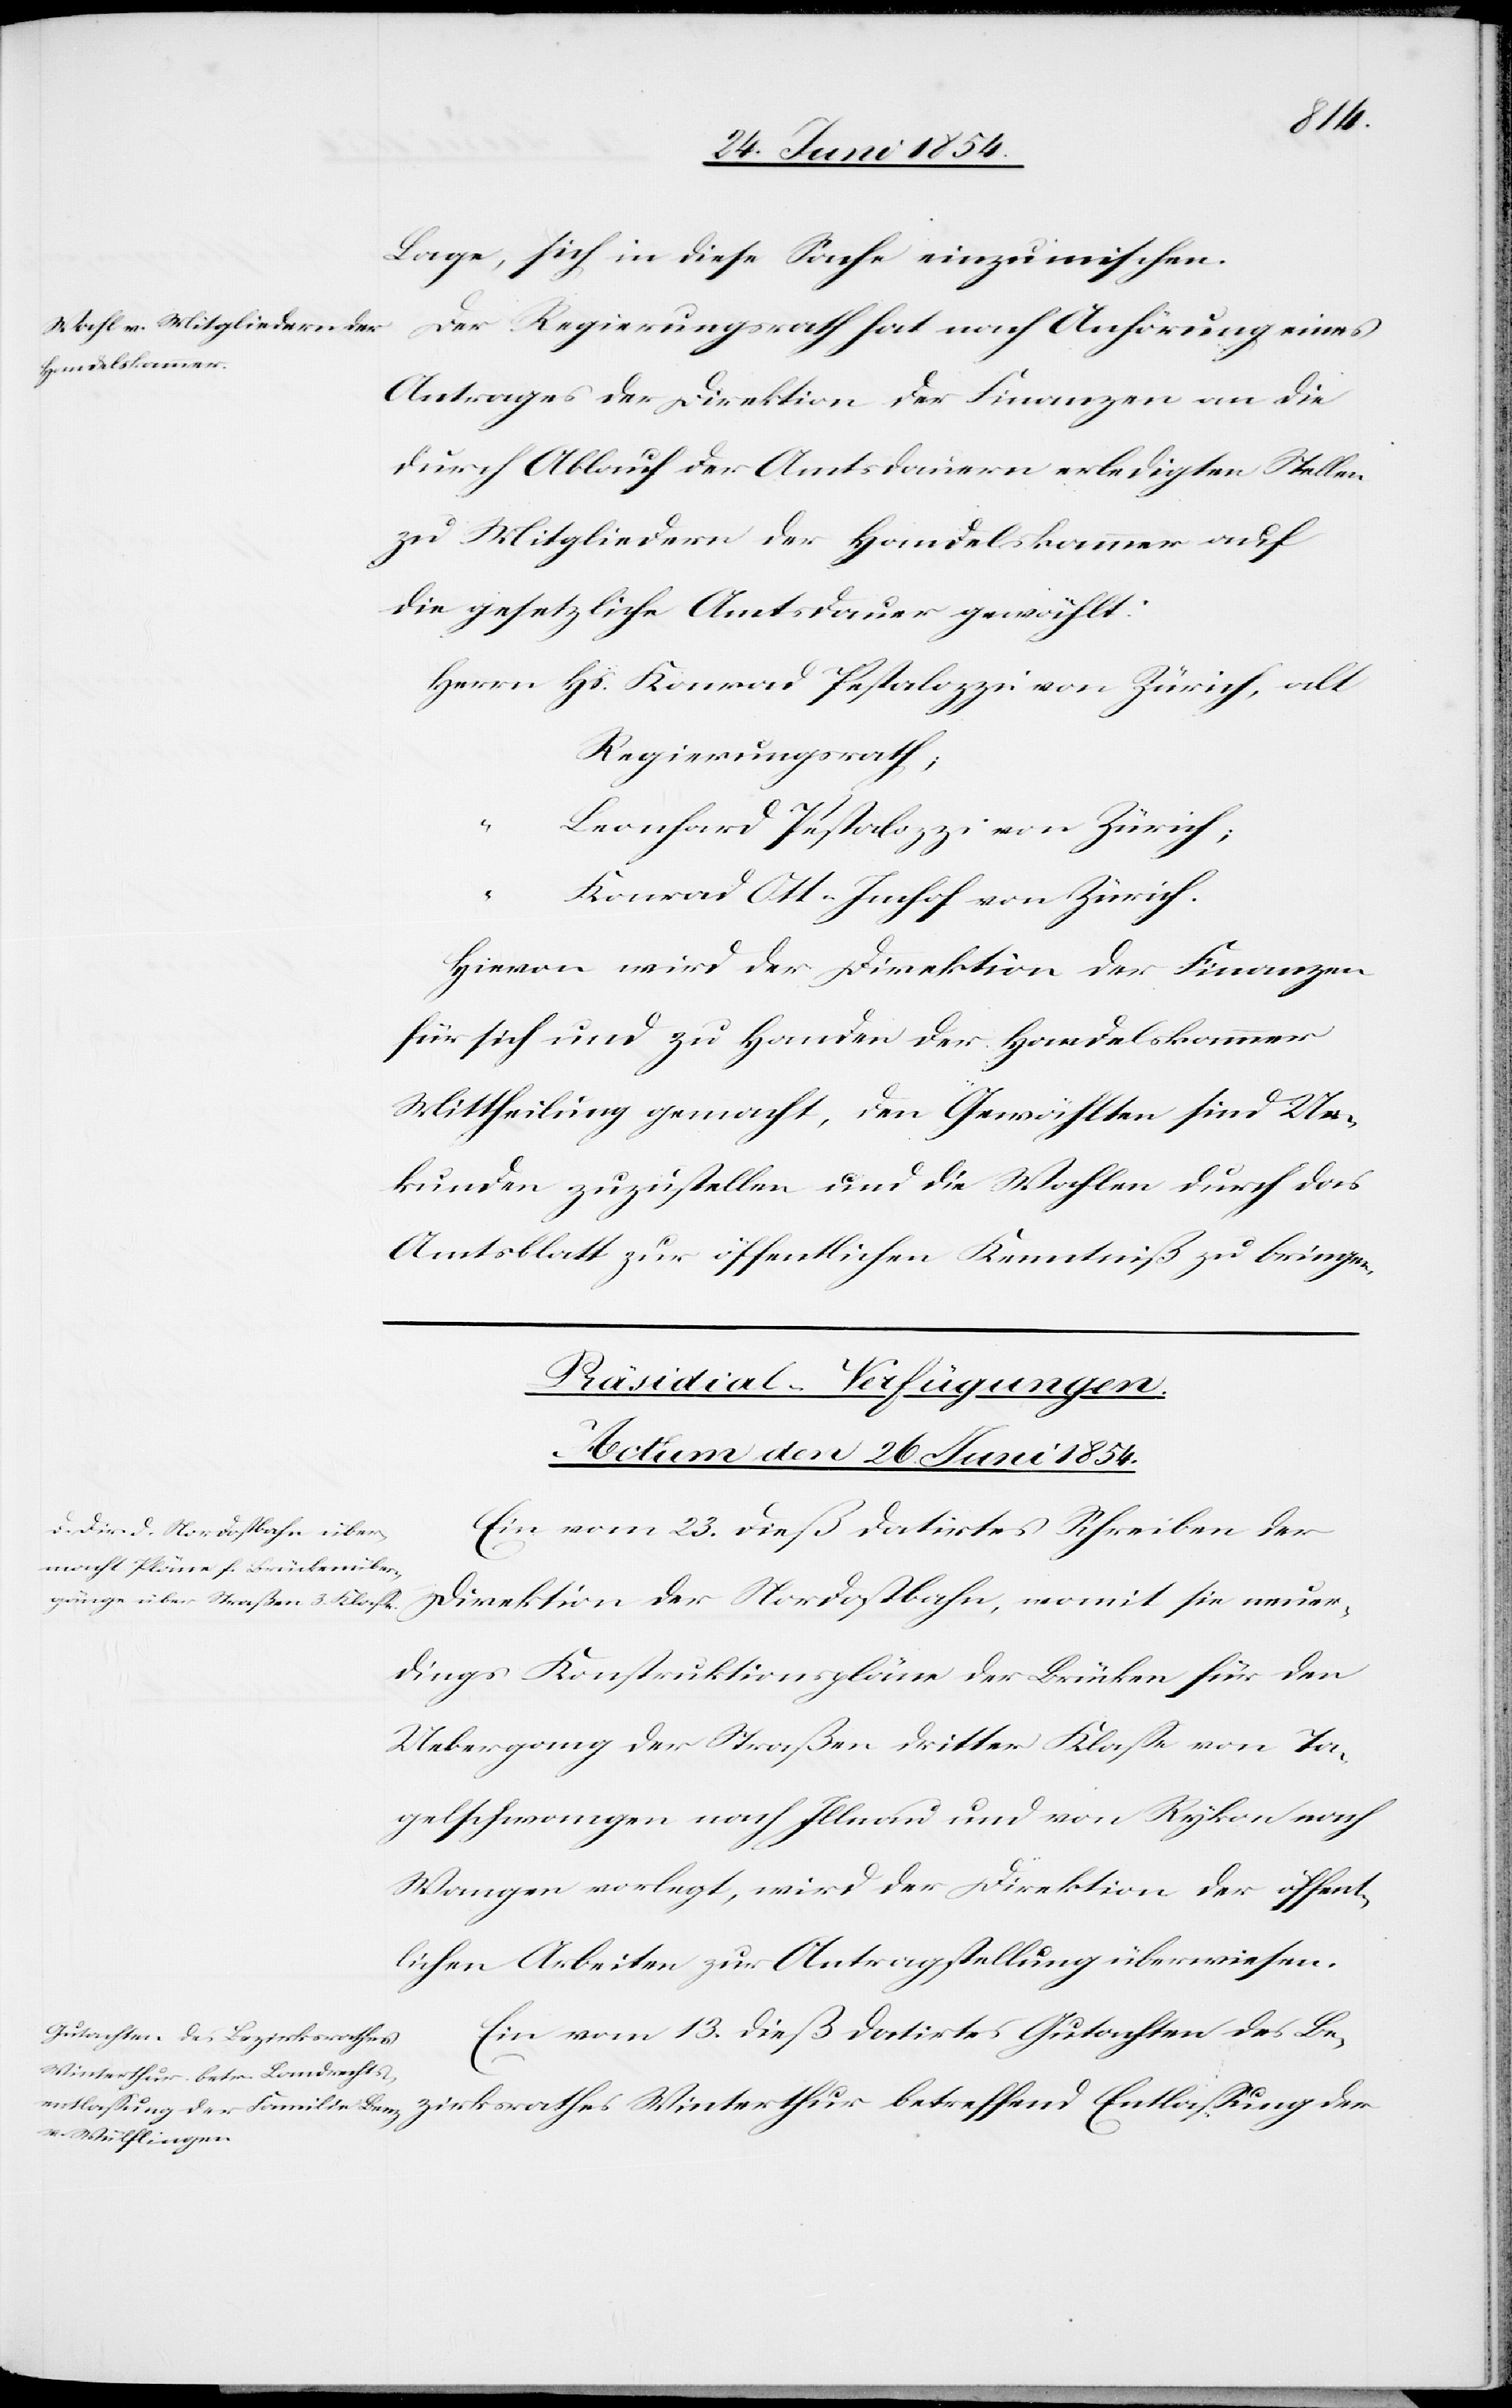
“			L¬
Lage, sich in diese Sache einzumischen.
Der Regierungsrath hat nach Anhörung eines
Antrages der Direktion der Finanzen an die
durch Ablauf der Amtsdauern erledigten Stellen
zu Mitgliedern der Handelskammer auf
die gesetzliche Amtsdauer gewählt:
Herrn 	Hs. Konrad Pestalozzi in Zürich, alt
Regierungsrath;
eonhard Pestalozzi in Zürich;
rathes
“			Konrad Ott-Imhof von Zürich.
Hievon wird der Direktion der Finanzen
für sich und zu Handen der Handelskammer
Mittheilung gemacht, den Gewählten sind Ur¬
kunden zuzustellen und die Wahlen durch das
Amtsblatt zur öffentlichen Kenntniß zu bringen.
[Präsidial-Verfügungen.
Actum den 26. Juni 1854.]
Ein vom 23. dieß datirtes Schreiben der
Direktion der Nordostbahn, womit sie neuer¬
dings Konstruktionspläne der Brücken für den
Uebergang der Straßen dritter Klaße von Ta¬
gelschwangen nach Illnau und von Rykon nach
Wangen vorlegt, wird der Direktion der öffent¬
lichen Arbeiten zur Antragstellung überwiesen.
Ein vom 13. dieß datirtes Gutachten des Be¬